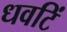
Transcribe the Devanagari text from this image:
धवटिं